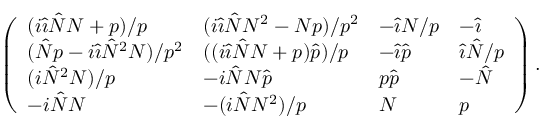
\left( \begin{array} { l l l l } { ( i { \hat { \imath } } \hat { N } N + p ) / p } & { ( i { \hat { \imath } } \hat { N } N ^ { 2 } - N p ) / p ^ { 2 } } & { - { \hat { \imath } } N / p } & { - { \hat { \imath } } } \\ { ( \hat { N } p - i { \hat { \imath } } \hat { N } ^ { 2 } N ) / p ^ { 2 } } & { ( ( i { \hat { \imath } } \hat { N } N + p ) \hat { p } ) / p } & { - { \hat { \imath } } \hat { p } } & { { \hat { \imath } } \hat { N } / p } \\ { ( i \hat { N } ^ { 2 } N ) / p } & { - i \hat { N } N \hat { p } } & { p \hat { p } } & { - \hat { N } } \\ { - i \hat { N } N } & { - ( i \hat { N } N ^ { 2 } ) / p } & { N } & { p } \end{array} \right) .